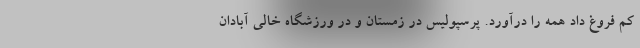
کم فروغ داد همه را درآورد. پرسپولیس در زمستان و در ورزشگاه خالی آبادان